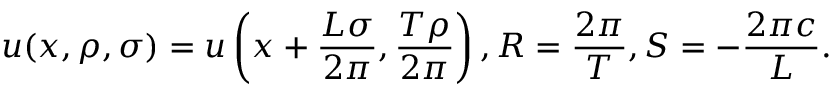
u ( x , \rho , \sigma ) = u \left( x + \frac { L \sigma } { 2 \pi } , \frac { T \rho } { 2 \pi } \right) , R = \frac { 2 \pi } { T } , S = - \frac { 2 \pi c } { L } .